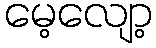
မေ့လျော့